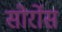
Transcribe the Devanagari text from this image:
सोर्रोस